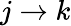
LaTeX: j\to k